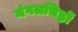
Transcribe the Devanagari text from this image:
मंगलचिह्नों